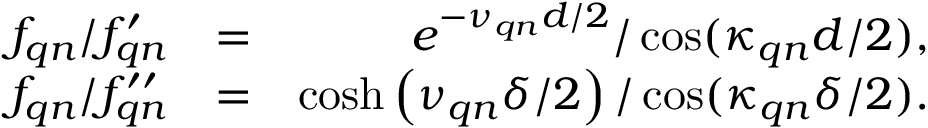
\begin{array} { r l r } { f _ { \boldsymbol { q } n } / f _ { \boldsymbol { q } n } ^ { \prime } } & { = } & { e ^ { - \nu _ { \boldsymbol { q } n } d / 2 } / \cos ( \kappa _ { \boldsymbol { q } n } d / 2 ) , } \\ { f _ { \boldsymbol { q } n } / f _ { \boldsymbol { q } n } ^ { \prime \prime } } & { = } & { \cosh \left( \nu _ { \boldsymbol { q } n } \delta / 2 \right) / \cos ( \kappa _ { \boldsymbol { q } n } \delta / 2 ) . } \end{array}